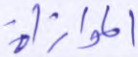
الموازاة